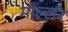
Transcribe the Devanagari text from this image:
मोल्लर